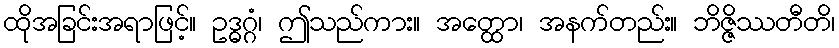
ထိုအခြင်းအရာဖြင့်။ ဥဒ္ဓဂ္ဂံ၊ ဤသည်ကား။ အတ္ထော၊ အနက်တည်း။ ဘိဇ္ဇိဿတီတိ၊